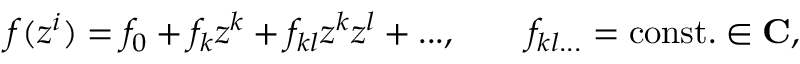
f ( z ^ { i } ) = f _ { 0 } + f _ { k } z ^ { k } + f _ { k l } z ^ { k } z ^ { l } + . . . , \qquad f _ { k l . . . } = \mathrm { c o n s t . } \in { \bf C } ,